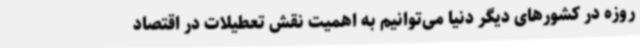
روزه در کشورهای دیگر دنیا می‌توانیم به اهمیت نقش تعطیلات در اقتصاد